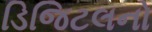
ડિજિટલનો